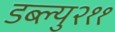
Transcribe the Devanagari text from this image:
डब्ल्यु२११